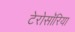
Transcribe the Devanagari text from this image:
टेरोसॉरिया